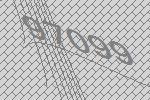
97099